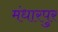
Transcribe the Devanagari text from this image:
मंधारपुर